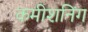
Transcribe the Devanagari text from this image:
कमीशनिंग